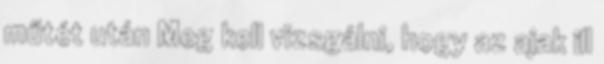
műtét után Meg kell vizsgálni, hogy az ajak ill